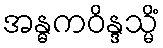
အန္ဓကဝိန္ဒသ္မိံ